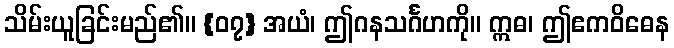
သိမ်းယူခြင်းမည်၏။ {၀၇} အယံ၊ ဤဂနသင်္ဂဟကို။ ဣဓ၊ ဤဧကဝိဓေန